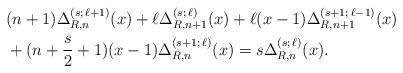
LaTeX: \begin{align*} & (n+1) \Delta_{R, n}^{(s; \, \ell+1)} (x) + \ell \Delta_{R, n+1}^{(s; \, \ell)} (x) + \ell (x-1) \Delta_{R, n + 1}^{(s+1; \, \ell-1)} (x) \\ & + ( n + \frac{s}{2} + 1) (x-1)\Delta_{R, n}^{(s +1; \, \ell)} (x) = s \Delta_{R, n}^{(s; \, \ell)} (x) . \end{align*}